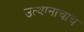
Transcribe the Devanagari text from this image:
उत्थानाचाच